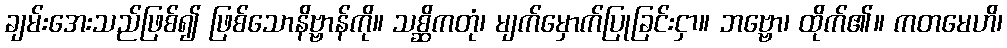
ချမ်းအေးသည်ဖြစ်၍ ဖြစ်သောနိဗ္ဗာန်ကို။ သစ္ဆိကတုံ၊ မျက်မှောက်ပြုခြင်းငှာ။ ဘဗ္ဗော၊ ထိုက်၏။ ကတမေဟိ၊